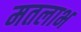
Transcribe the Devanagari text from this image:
मतलाभ